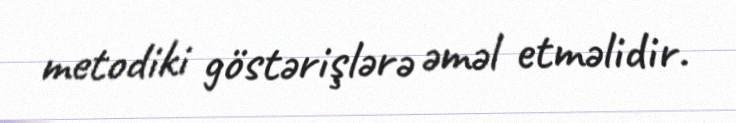
metodiki göstərişlərə əməl etməlidir.